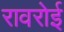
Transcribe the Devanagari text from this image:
रावरोई